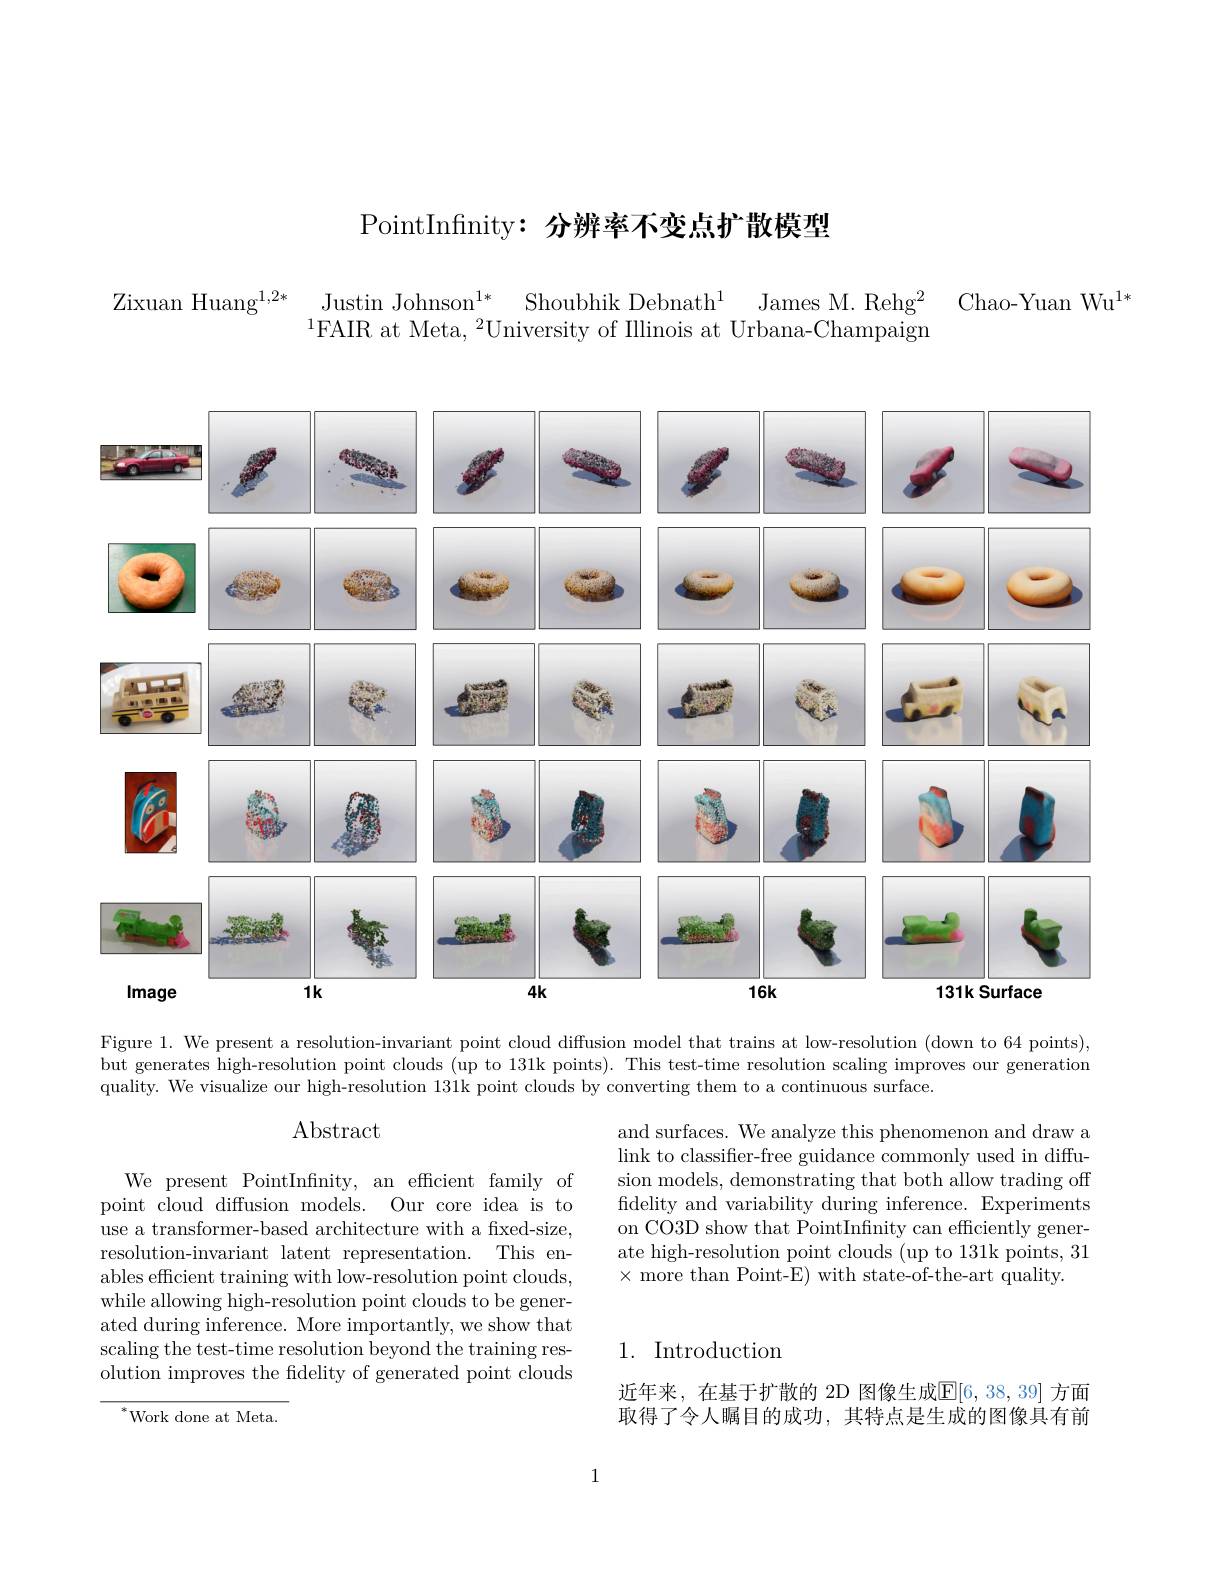
PointInfinity: 分辨率不变点扩散模型

Justin Johnson$^{1*}$
Shoubhik Debnath$^{1}$
James M. Rehg$^2$ Chao-Yuan Wu$^{1*}$
Zixuan Huang$^{1,2*}$
$^{1}$FAIR at Meta, $^2$University of IIlinois at Urbana-Champaign

<FigureHere>

Figure 1. We present a resolution-invariant point cloud diffusion model that trains at low-resolution (down to 64 points), but generates high-resolution point clouds (up to 131k points). This test-time resolution scaling improves our generation quality. We visualize our high-resolution 131k point clouds by converting them to a continuous surface.

$\operatorname{Abstract}$

and surfaces. We analyze this phenomenon and draw a link to classifier-free guidance commonly used in diffusion models, demonstrating that both allow trading off fidelity and variability during inference. Experiments on CO3D show that PointInfnity can efficiently generate high-resolution point clouds (up to 131k points, 31 $\times$ more than Point-E) with state-of-the-art quality.

We present PointInfnity, an efficient family of point cloud diffusion models. Our core idea is to use a transformer-based architecture with a fixed-size, resolution-invariant latent representation. This enables efficient training with low-resolution point clouds, while allowing high-resolution point clouds to be generated during inference. More importantly, we show that scaling the test-time resolution beyond the training resolution improves the fidelity of generated point clouds

1. Introduction

近年来，在基于扩散的 2D 图像生成$\mathbb{E}[6,38,39]$ 方面取得了令人瞩目的成功，其特点是生成的图像具有前

${}^*{\mathrm{Work~done~at~Meta.}}$

1